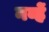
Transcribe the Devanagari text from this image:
नव्हें